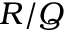
R / Q